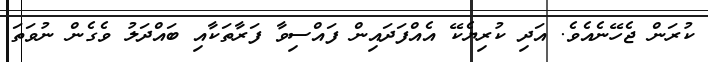
ކުރަން ޖެހޭނެއެވެ. އަދި ކުރިޔެކޭ އެެއްފަދައިން ފައްސިވާ ފަރާތަކާއި ބައްދަލު ވެގެން ނުވަތަ